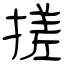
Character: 搓